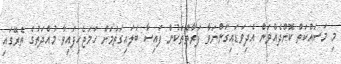
މި މަސައްކަތް ކޮށްދެއްވަން އެދިވަޑައިގަންނަވާ ފަރާތްތަކުން ފައިސާ ބަލައިގަތުމަށް ހަމަޖެހިފައިވާ މުއްދަތުގެ ތެރޭގައި